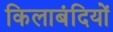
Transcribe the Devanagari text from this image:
किलाबंदियों